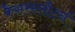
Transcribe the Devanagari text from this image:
कैसरस्लौटर्न